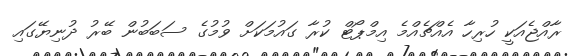
ރާއްޖެއަކީ ހުރިހާ އެއްޗެއްމެ އިމްޕޯޓް ކުރާ ގައުމަކަށް ވުމުގެ ސަބަބުން ބޭރު ދުނިޔޭގައި